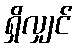
ရှိလျှင်